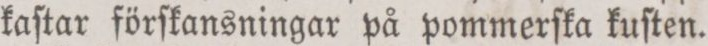
kaſtar förſkansningar på pommerſka kuſten.